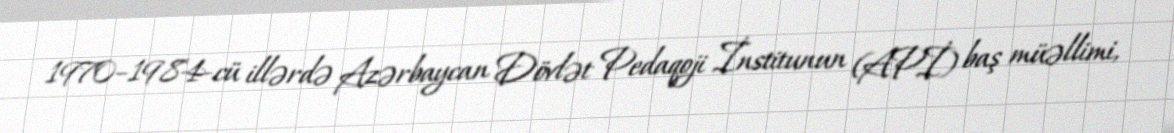
1970–1984-cü illərdə Azərbaycan Dövlət Pedaqoji İnstitunun (APİ) baş müəllimi,